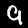
Digit: 9